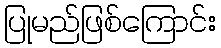
ပြုမည်ဖြစ်ကြောင်း